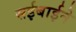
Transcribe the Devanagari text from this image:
सईबाईने